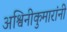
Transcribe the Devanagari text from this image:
अश्विनीकुमारांनी